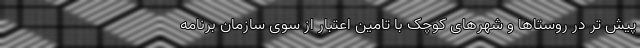
پیش تر در روستاها و شهرهای کوچک با تامین اعتبار از سوی سازمان برنامه